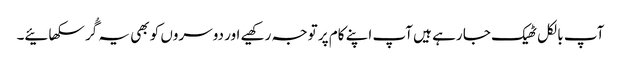
آپ بالکل ٹھیک جا رہے ہیں آپ اپنے کام پر توجہ رکھیے اور دوسروں کو بھی یہ گُر سکھائیے۔